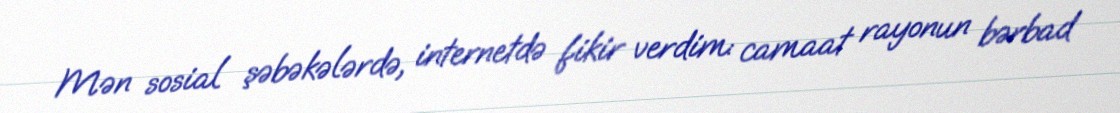
Mən sosial şəbəkələrdə, internetdə fikir verdim: camaat rayonun bərbad